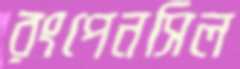
রংপেনসিল